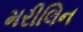
મરીલિન